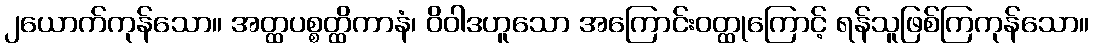
၂ယောက်ကုန်သော။ အတ္ထပစ္စတ္ထိကာနံ၊ ဝိဝါဒဟူသော အကြောင်းဝတ္ထုကြောင့် ရန်သူဖြစ်ကြကုန်သော။